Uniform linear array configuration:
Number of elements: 64
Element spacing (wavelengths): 0.5
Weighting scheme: exponential
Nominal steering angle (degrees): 15
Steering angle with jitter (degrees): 16.768
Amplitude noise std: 0.05
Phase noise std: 0.05

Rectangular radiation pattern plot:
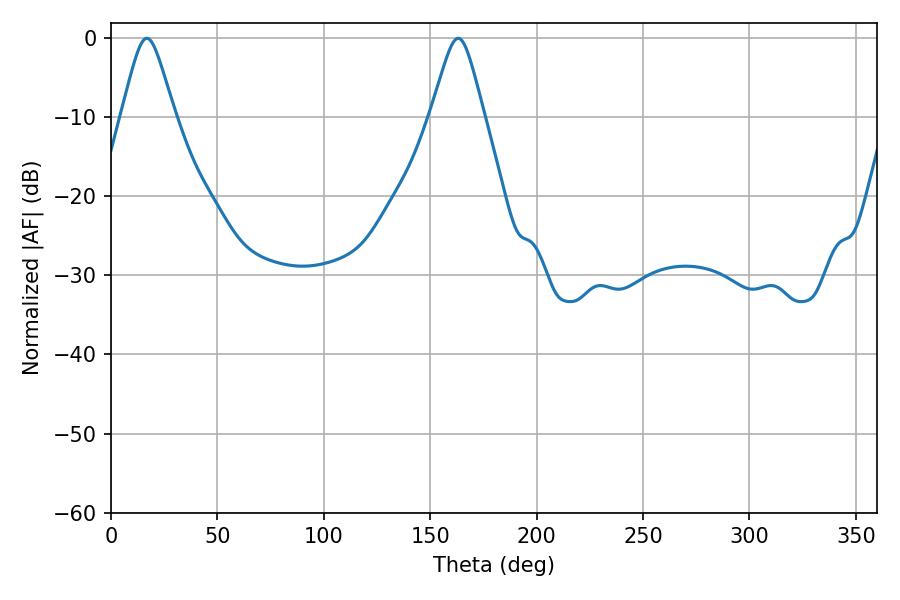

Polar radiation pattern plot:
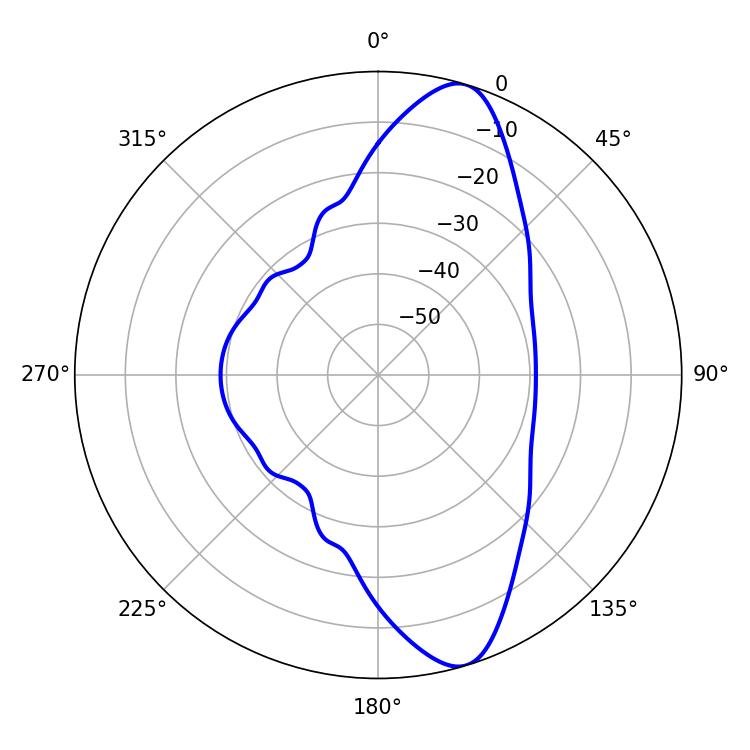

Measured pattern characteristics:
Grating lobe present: FALSE
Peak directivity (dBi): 11.18
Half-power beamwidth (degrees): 12.06
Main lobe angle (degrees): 16.92